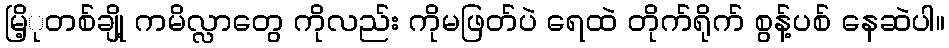
မြိ့ုတစ်ချို့ ကမိလ္လာတွေ ကိုလည်း ကိုမဖြတ်ပဲ ရေထဲ တိုက်ရိုက် စွန့်ပစ် နေဆဲပါ။